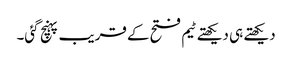
دیکھتے ہی دیکھتے ٹیم فتح کے قریب پہنچ گئی۔